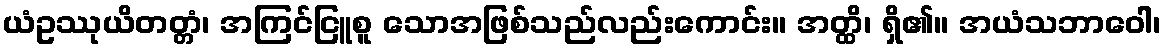
ယံဥဿုယိတတ္တံ၊ အကြင်ငြူစူ သောအဖြစ်သည်လည်းကောင်း။ အတ္ထိ၊ ရှိ၏။ အယံသဘာဝေါ၊